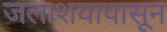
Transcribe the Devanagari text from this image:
जलाशयापासून